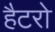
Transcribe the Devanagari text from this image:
हैटरो